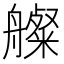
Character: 𦪫